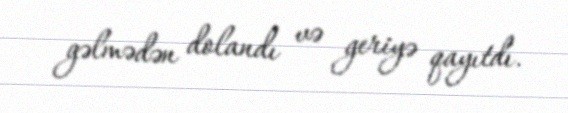
gəlmədən dolandı və geriyə qayıtdı.